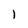
Character: 1